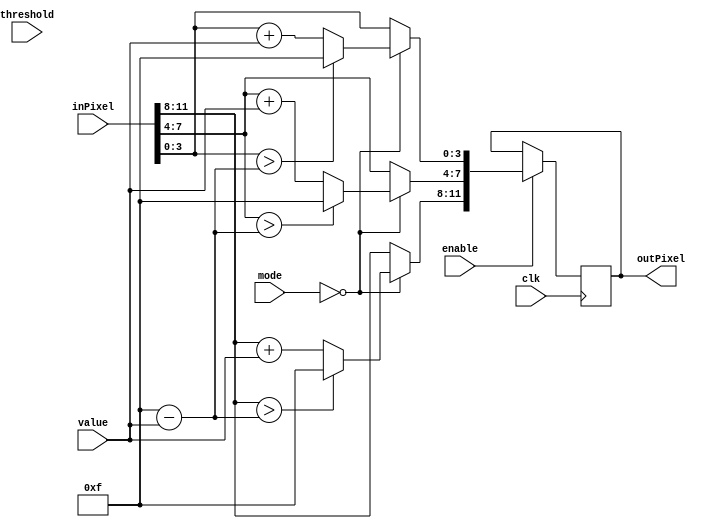
`timescale 1ns / 1ps
//////////////////////////////////////////////////////////////////////////////////
// Company: 
// Engineer: 
// 
// Design Name: 
// Module Name: Operation
// Project Name: 
// Target Devices: 
// Tool Versions: 
// Description: 
// 
// Dependencies: 
// 
// Revision:
// Revision 0.01 - File Created
// Additional Comments:
// 
//////////////////////////////////////////////////////////////////////////////////


module Operation(
        input clk,enable,
        input [2:0] mode,
        input [3:0] value,threshold,
        input [11:0] inPixel,
        output [11:0] outPixel
    );
    
    reg [11:0] output1;
    
    
    always @(posedge clk)
    begin
        if(enable==1)
        begin
            case(mode)
                3'b000:
                    begin
                        output1[11:8] <= (inPixel[11:8]>(4'b1111 - value))?(4'b1111):(inPixel[11:8]+value);
                        output1[7:4] <= (inPixel[7:4]>(4'b1111 - value))?(4'b1111):(inPixel[7:4]+value);
                        output1[3:0] <= (inPixel[3:0]>(4'b1111 - value))?(4'b1111):(inPixel[3:0]+value);
                    end 
                default:
                begin
                    output1 = inPixel;
                end
            endcase
        end
    end
    
    assign outPixel = output1;
    
endmodule